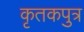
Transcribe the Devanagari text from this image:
कृतकपुत्र